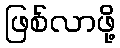
ဖြစ်လာဖို့